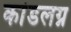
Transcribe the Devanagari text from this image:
कांडलग्न